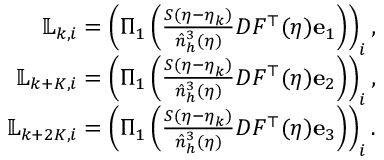
\begin{array} { r } { \mathbb { L } _ { k , i } = \left( \Pi _ { 1 } \left( \frac { S ( \boldsymbol \eta - \boldsymbol \eta _ { k } ) } { \hat { n } _ { h } ^ { 3 } ( \boldsymbol \eta ) } { D F ^ { \top } ( \boldsymbol \eta ) } { \mathbf e } _ { 1 } \right) \right) _ { i } , } \\ { \mathbb { L } _ { k + K , i } = \left( \Pi _ { 1 } \left( \frac { S ( \boldsymbol \eta - \boldsymbol \eta _ { k } ) } { \hat { n } _ { h } ^ { 3 } ( \boldsymbol \eta ) } { D F ^ { \top } ( \boldsymbol \eta ) } { \mathbf e } _ { 2 } \right) \right) _ { i } , } \\ { \mathbb { L } _ { k + 2 K , i } = \left( \Pi _ { 1 } \left( \frac { S ( \boldsymbol \eta - \boldsymbol \eta _ { k } ) } { \hat { n } _ { h } ^ { 3 } ( \boldsymbol \eta ) } { D F ^ { \top } ( \boldsymbol \eta ) } { \mathbf e } _ { 3 } \right) \right) _ { i } . } \end{array}